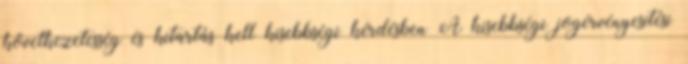
következetesség és kitartás kell kisebbségi kérdésben A kisebbségi jogérvényesítési